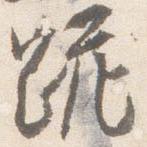
跪